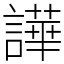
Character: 譁